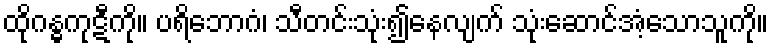
ထိုဂန္ဓကုဋီကို။ ပရိဘောဂံ၊ သီတင်းသုံး၍နေလျက် သုံးဆောင်အံ့သောသူကို။